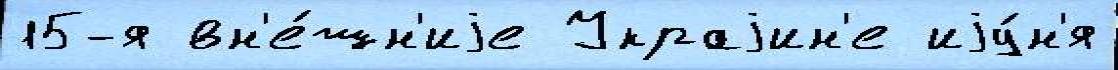
15-я вн'е́шн'иjе Украjин'е иjу́н'я